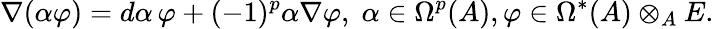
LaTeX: \nabla(\alpha\varphi)=d\alpha\, \varphi+(-1)^{p}\alpha\nabla\varphi,\; \alpha\in\Omega^{p}(A),\varphi\in\Omega^{*}(A)\otimes_{A}E.